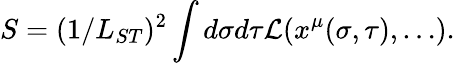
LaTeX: S=(1/L_{ST})^{2}\int d\sigma d\tau{\cal L}(x^{\mu}(\sigma,\tau),\ldots).